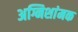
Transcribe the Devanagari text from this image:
अग्निशांमक